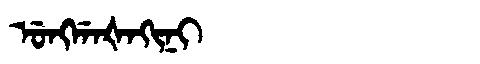
Manchu: ᡠᠩᡤᠠᡧᠠᡴᡳᠨᡳ
Romanization: UNGGAŠAKINI